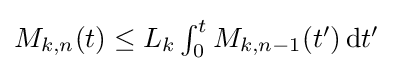
\textstyle M_{k,n}(t)\leq L_{k}\int _{0}^{t}M_{k,n-1}(t')\,\mathrm {d} t'